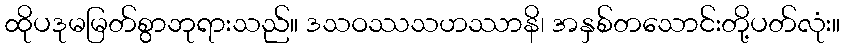
ထိုပဒုမမြတ်စွာဘုရားသည်။ ဒသဝဿသဟဿာနိ၊ အနှစ်တသောင်းတို့ပတ်လုံး။